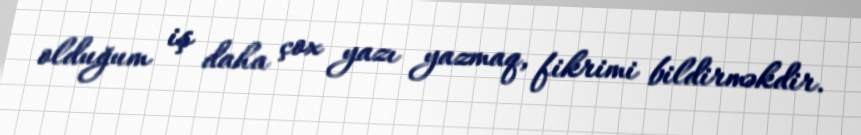
olduğum iş daha çox yazı yazmaq, fikrimi bildirməkdir.